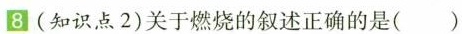
(知识点2)关于燃烧的叙述正确的是()